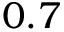
0 . 7